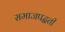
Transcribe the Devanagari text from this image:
समाजपद्धती